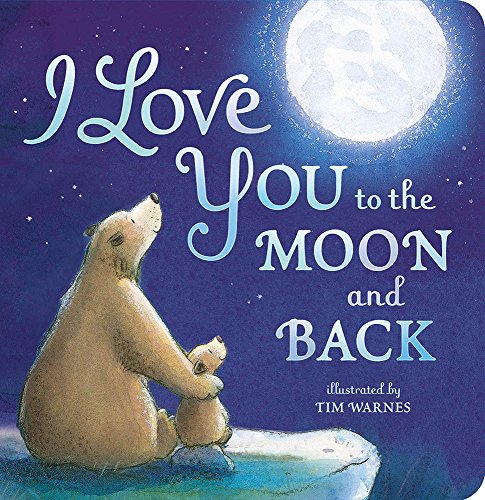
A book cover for I Love You to the Moon and Back; Amelia Hepworth; Children's Books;